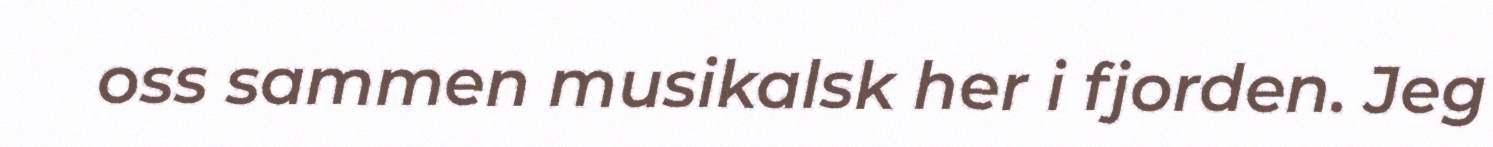
oss sammen musikalsk her i fjorden. Jeg